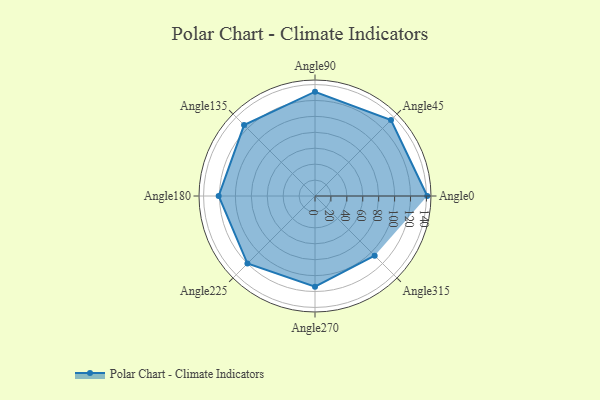
{"axis": {"x": "Angle", "y": "Radius"}, "legend": [""], "data": [{"x": "Angle0", "y": 141.0, "type": ""}, {"x": "Angle45", "y": 135.0, "type": ""}, {"x": "Angle90", "y": 131.0, "type": ""}, {"x": "Angle135", "y": 126.0, "type": ""}, {"x": "Angle180", "y": 121.0, "type": ""}, {"x": "Angle225", "y": 120.0, "type": ""}, {"x": "Angle270", "y": 114.0, "type": ""}, {"x": "Angle315", "y": 106.0, "type": ""}]}